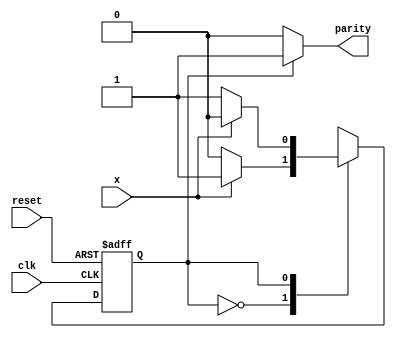
module parity_checker_Moore (
    input clk, 
    input reset, 
    input x, 
    output parity // wire for dataflow modeling constructs to compute output
    //output reg parity  // reg for always block to compute output
);

parameter S0=0, S1=1;
reg current_state, next_state;

// always block to update current state
always @(posedge clk or posedge reset) begin // asynchronous reset
    if (reset)       
        current_state <= S0; 
    else      
        current_state <= next_state;
end

// The output block when it is simple, can be modeled using dataflow modeling constructs. 
assign parity = (current_state==S0) ? 1'b0: 1'b1;
/*
// always block to compute output
always @(current_state) begin
    case(current_state)        
        S0: parity = 0;         
        S1: parity = 1;      
    endcase  
end
*/

// always block to compute next state 
always @(current_state or x) begin
    next_state = S0;     
    
    case(current_state)        
        S0: if(x)
            next_state = S1;                         
        S1: if(!x)               
            next_state = S1;      
    endcase  
end

endmodule